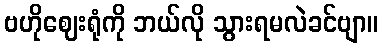
ဗဟိုဈေးရုံကို ဘယ်လို သွားရမလဲခင်ဗျာ။